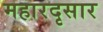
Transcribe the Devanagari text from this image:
महारदृसार